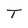
Character: T